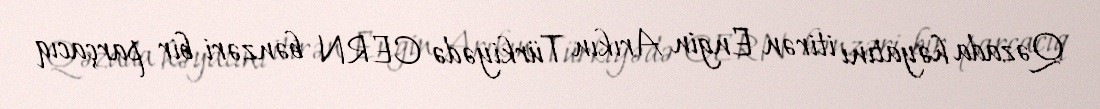
Qəzada həyatını itirən Engin Arıkın Türkiyədə CERN bənzəri bir parçacıq